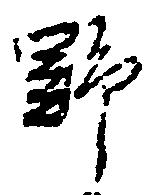
野